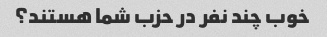
خوب چند نفر در حزب شما هستند؟